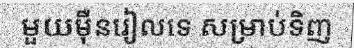
មួយម៉ឺនរៀលទេ សម្រាប់ទិញ